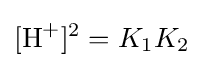
[{\ce {H+}}]^{2}=K_{1}K_{2}